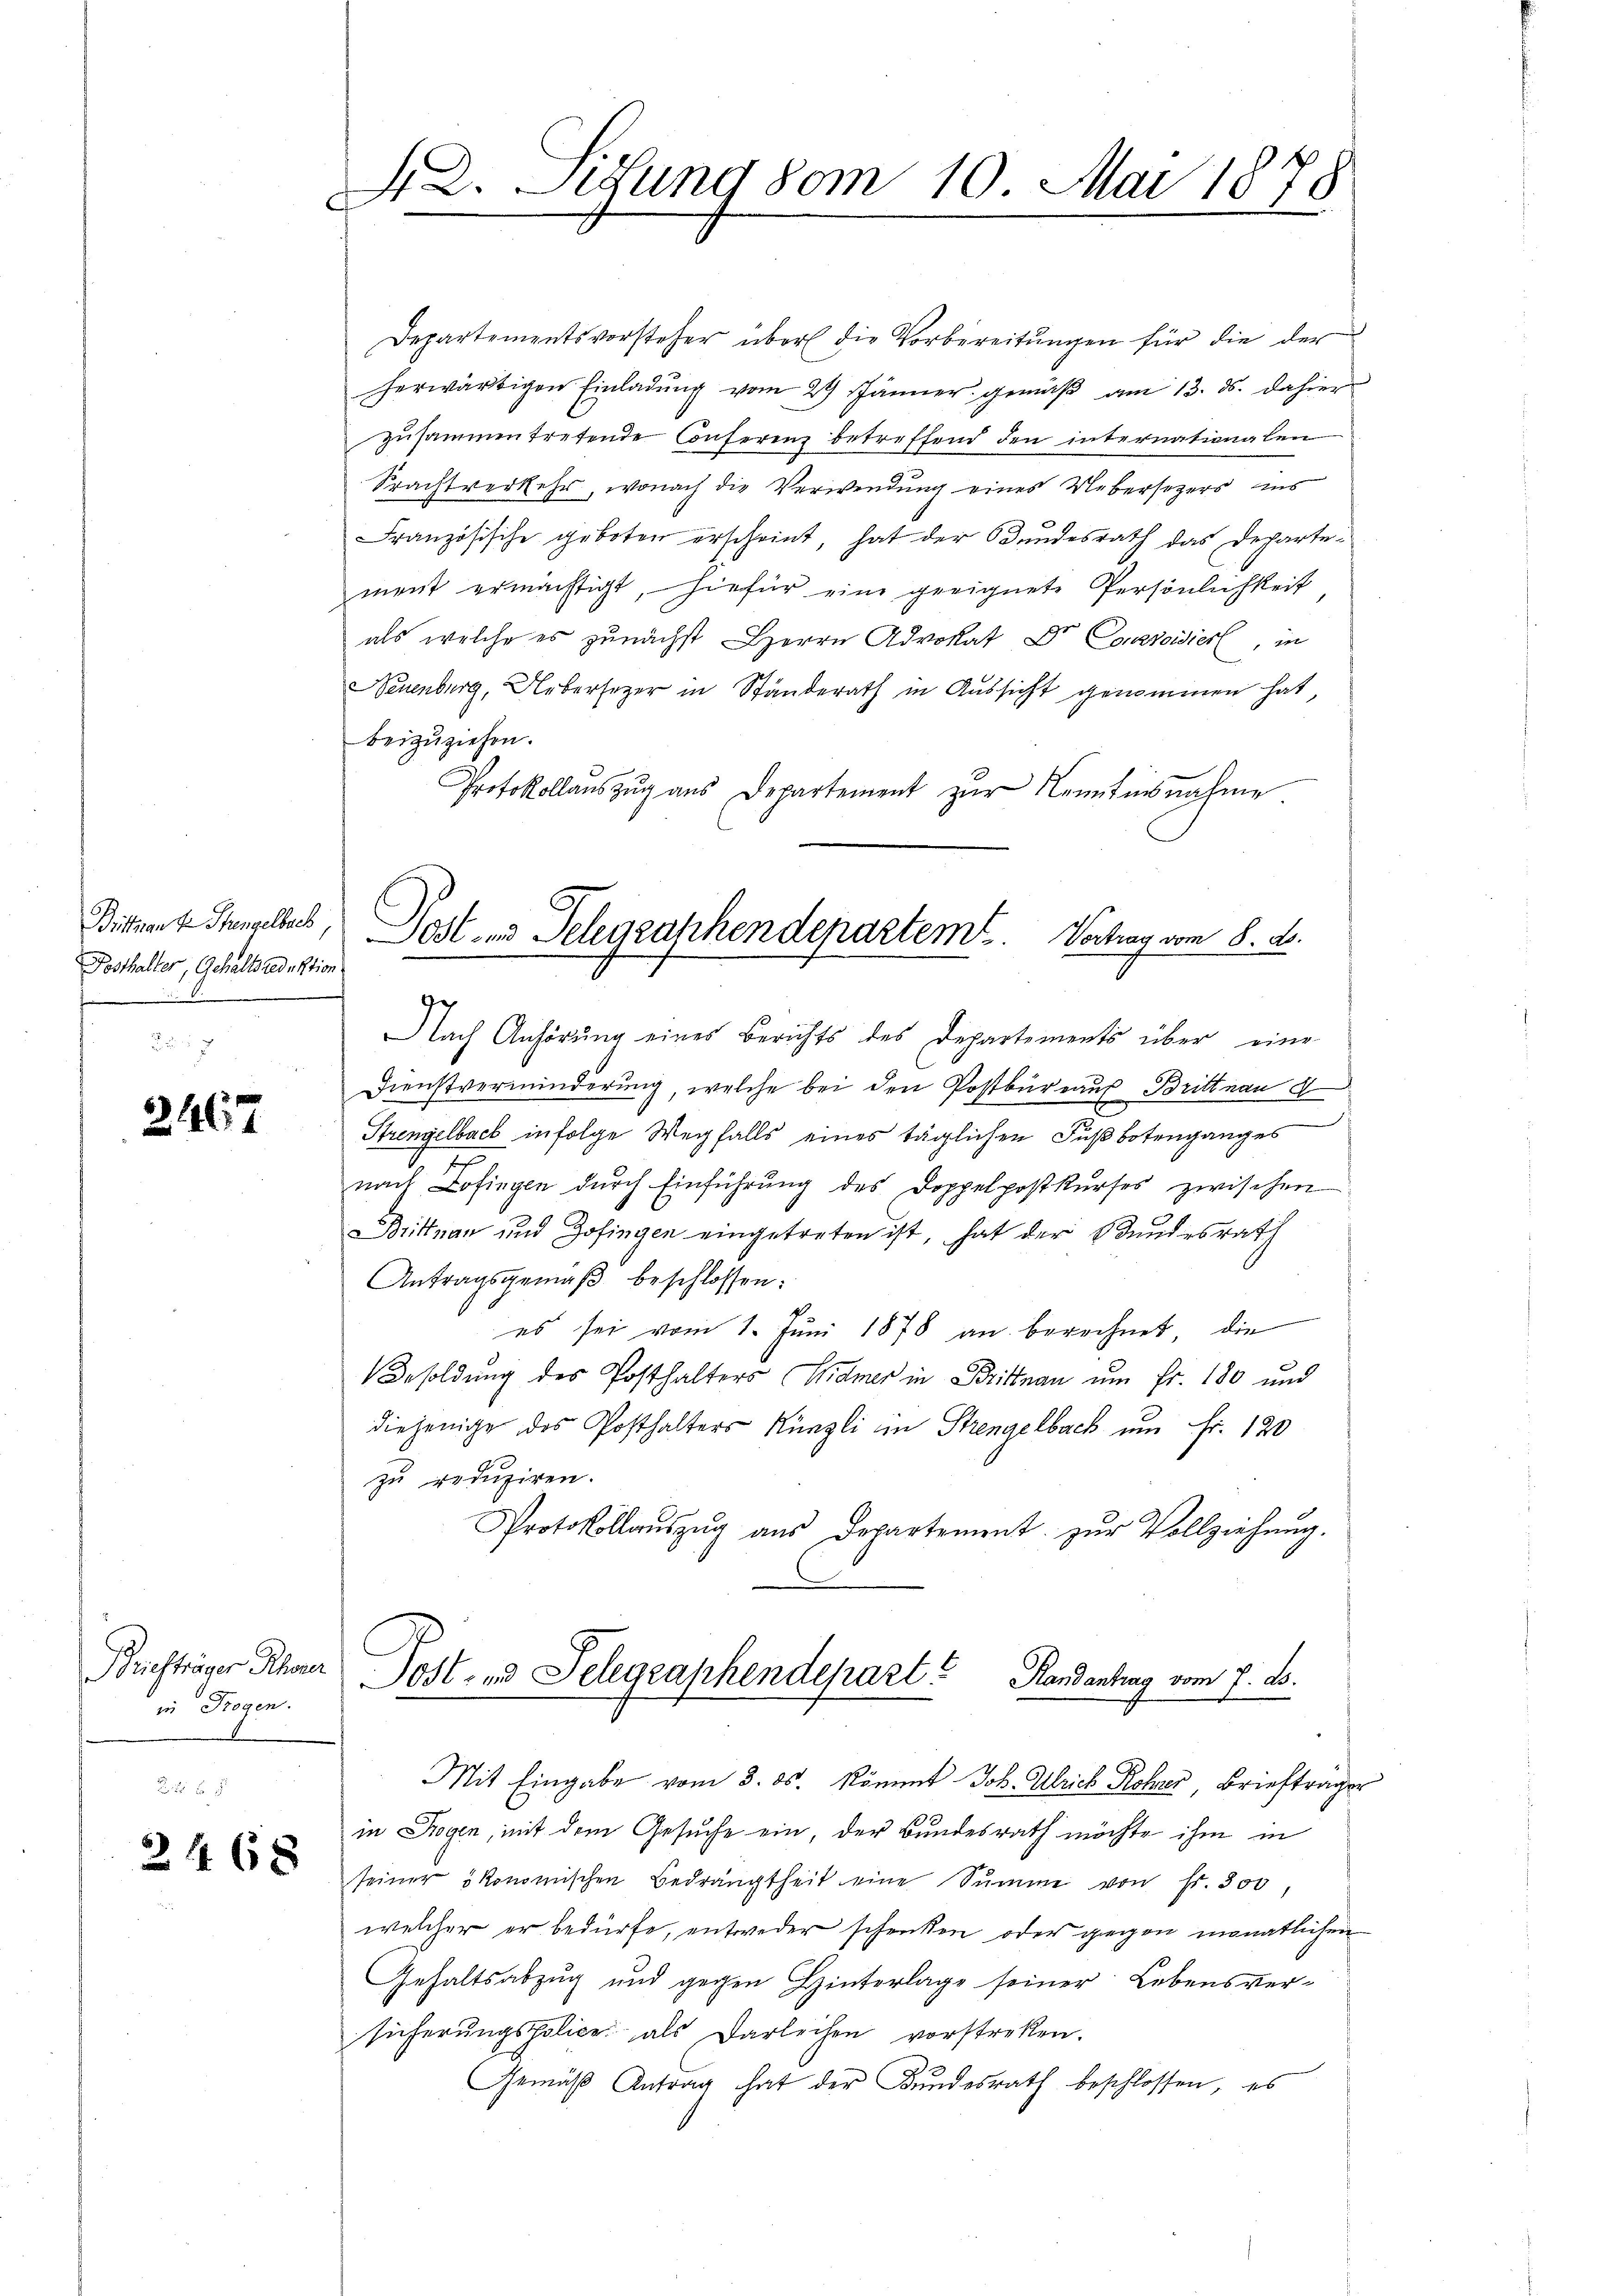
Bittsante Stengelbach,
Posthalter, Gehaltsredaktion

2467

Briefträger Rheuer
in Rogen.

2468

12. ung vom 10. Mai 1878
c
.

Departementsvorsteher über die Vorbereitungen für die der
herwärtigen Einladŭng vom 29 Jänner gemäβ am 13. ds. dahier
zusammentretende Conserenz betreffend den internationalen
Spachtverkehr, wonach die Verwendung eines Uebersezers ins
Französische geboten erscheint, hat der Bundesrath das Departement ermächtigt, hiefür eine geeignete Persönlichkeit
als welche es zunächst Herrn Advokat Dr. Controisier, in
Neuenburg, Uebersezer in Ständerath in Aussicht genommen hat,
beizuziehen.
Protokollaŭszŭg aŭs Departement zŭr Kenntnisnahme
Nach Anhörung eines Berichts des Departements über eine
Dienstverminderung, welche bei den Postbureaus Brittnau d
Strengelbach infolge Wegfalls eines täglichen Fußbotenganges
x
nach Zofingen dŭrch Einführŭng des Doppelpostkŭrses zwischen
Brittnau und Zofingen eingetreten ist, hat der Bundesrath
Antragsgemäβ beschlossen:
es sei vom 1. Jŭni 1878 an berechnet, die
Besoldung des Posthalters (Widmer in Brittnau um Fr. 180 und
diejenige des Posthalters Künzli in Strengelbach um Fr. 120
zu reduziren.
Protokollaŭszŭg aŭs Departement zŭr Vollziehung.
Jost- und Selegraphendepart? Handentrag vom 7. A.
Mit Eingabe vom 3. ds. Kömmt Joh. Ulrich Rohrer Brieftrag
.
in Rogen, mit dem Gesuche ein, der Bundesrath möchte ihm in
seiner ökonomischen Bedrängtheit eine Summe von Fr. 300
welcher er bedürfe, entweder schenken oder gegen monatlichen
Gehaltsabzug und gegen Hinterlage seiner Lebensversicherŭngspolice als Darleihen vorstreken.
Gemäβ Antrag hat der Bŭndesrath beschlossen, es

Post- und Telegraschendepartem Vortrag vom 8. d.